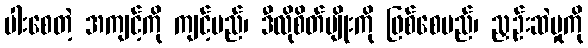
ပါးစေတဲ့ အကျင့်ကို ကျင့်မည်၊ ဒီလိုစိတ်မျိုးကို ဖြစ်စေမည်၊ ညှဉ်းဆဲမှုကို